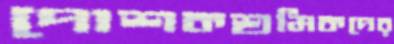
পোশকশ্রমিকদের